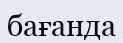
бағанда